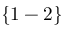
\{ 1 - 2 \}